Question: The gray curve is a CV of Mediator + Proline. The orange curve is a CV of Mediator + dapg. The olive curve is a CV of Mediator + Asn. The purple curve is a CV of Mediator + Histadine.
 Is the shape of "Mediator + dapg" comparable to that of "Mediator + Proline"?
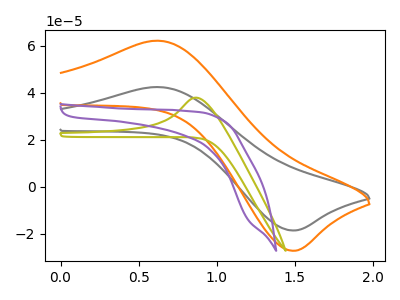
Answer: <think>The gray curve "Mediator + Proline" has an anodic peak at (0.60V, 42.40uA) and a cathodic peak at (1.45V, -18.55uA). The orange curve "Mediator + dapg" has an anodic peak at (0.60V, 62.10uA) and a cathodic peak at (1.45V, -27.15uA). The olive curve "Mediator + Asn" has an anodic peak at: (0.85V, 37.90uA). The purple curve "Mediator + Histadine" has no peaks.
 All the peaks in "Mediator + dapg" have a peak in "Mediator + Proline" at the same potential. Every peak in "Mediator + dapg" is higher than every peak in "Mediator + Proline".</think>
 <answer>"Mediator + dapg" and "Mediator + Proline" are similar in shape.</answer>
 <eval>same_shape</eval>